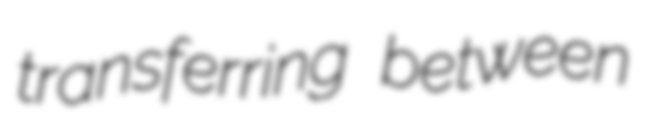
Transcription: transferring between